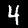
Digit: 4